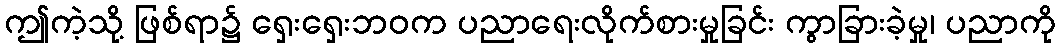
ဤကဲ့သို့ ဖြစ်ရာ၌ ရှေးရှေးဘဝက ပညာရေးလိုက်စားမှုခြင်း ကွာခြားခဲ့မှု၊ ပညာကို